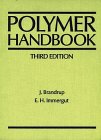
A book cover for Polymer Handbook, 3rd Edition; Science & Math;